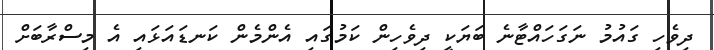
ދިވެހި ގައުމު ނަގަހައްޓާނެ ބަޔަކީ ދިވެހިން ކަމުގައި އެންމެން ކަނޑައަޅައި އެ މިސްރާބަށް